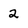
Character: 2